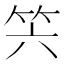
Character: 𥫰